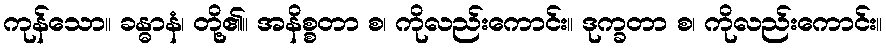
ကုန်သော။ ခန္ဓာနံ၊ တို့၏။ အနိစ္စတာ စ၊ ကိုလည်းကောင်း။ ဒုက္ခတာ စ၊ ကိုလည်းကောင်း။